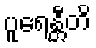
ပူရေန္တီတိ